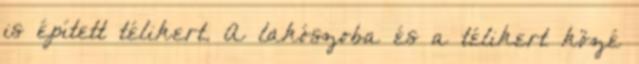
is épített télikert. A lakószoba és a télikert közé